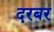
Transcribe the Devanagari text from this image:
दरबर